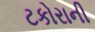
ટકોરાની